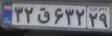
۳۲ق۶۳۲۲۹